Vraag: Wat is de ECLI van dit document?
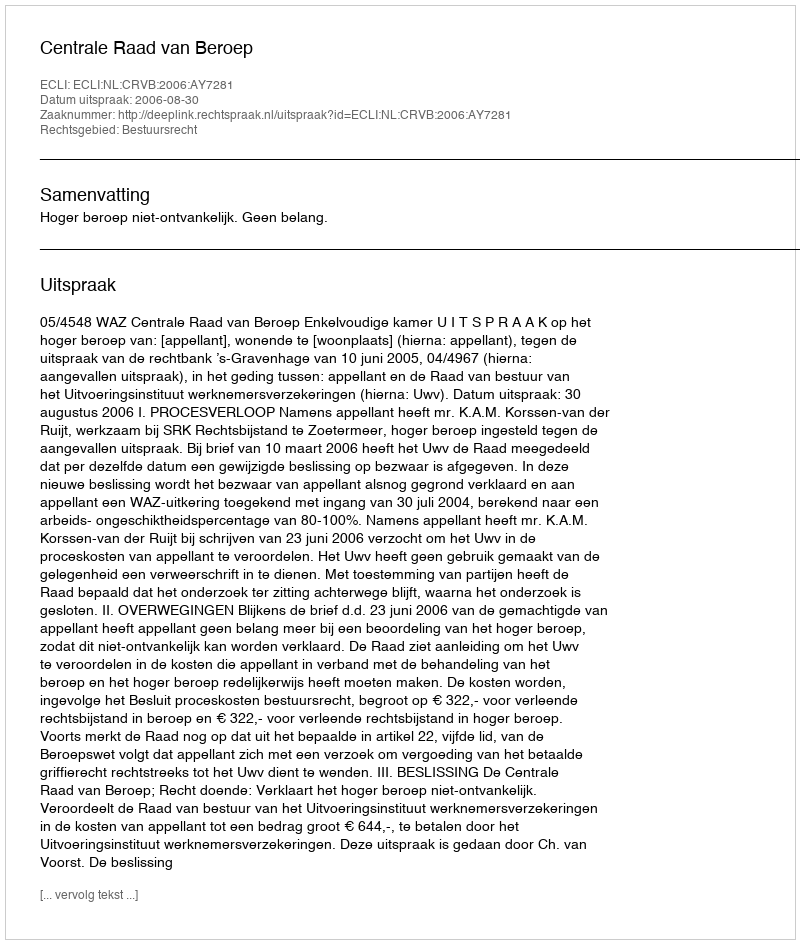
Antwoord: ECLI:NL:CRVB:2006:AY7281